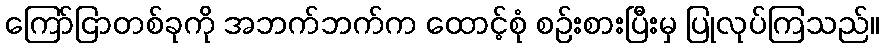
ကြော်ငြာတစ်ခုကို အဘက်ဘက်က ထောင့်စုံ စဉ်းစားပြီးမှ ပြုလုပ်ကြသည်။